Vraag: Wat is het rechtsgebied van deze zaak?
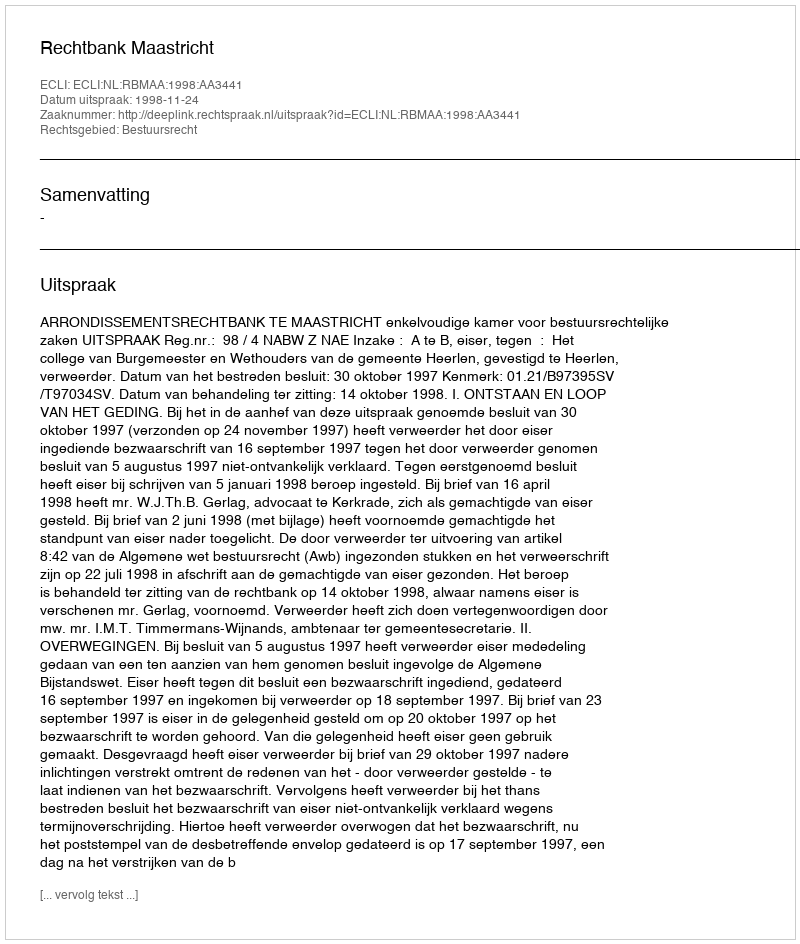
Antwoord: Bestuursrecht